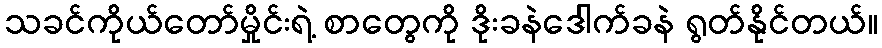
သခင်ကိုယ်တော်မှိုင်းရဲ့ စာတွေကို ဒိုးခနဲဒေါက်ခနဲ ရွတ်နိုင်တယ်။